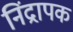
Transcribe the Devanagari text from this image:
निंद्रापक